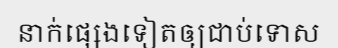
នាក់ផ្សេងទៀតឲ្យជាប់ទោស